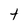
Character: t